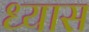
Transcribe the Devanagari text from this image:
ध्‍यास